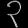
Digit: ၃